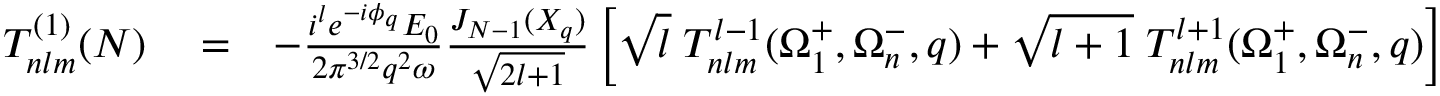
\begin{array} { r l r } { T _ { n l m } ^ { ( 1 ) } ( N ) } & { { } = } & { - \frac { i ^ { l } e ^ { - i \phi _ { q } } { \cal E } _ { 0 } } { 2 { \pi } ^ { 3 / 2 } q ^ { 2 } \omega } \frac { J _ { N - 1 } ( X _ { q } ) } { \sqrt { 2 l + 1 } } \left[ \sqrt { l } \; { \cal T } _ { n l m } ^ { l - 1 } ( \Omega _ { 1 } ^ { + } , \Omega _ { n } ^ { - } , q ) + \sqrt { l + 1 } \; { \cal T } _ { n l m } ^ { l + 1 } ( \Omega _ { 1 } ^ { + } , \Omega _ { n } ^ { - } , q ) \right] } \end{array}